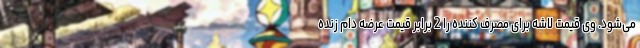
می‌شود. وی قیمت لاشه برای مصرف کننده را 2 برابر قیمت عرضه دام زنده